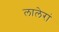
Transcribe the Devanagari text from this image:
लालेरां